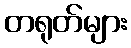
တရုတ်များ